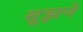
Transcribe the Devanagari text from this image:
सूझने